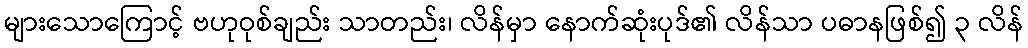
များသောကြောင့် ဗဟုဝုစ်ချည်း သာတည်း၊ လိန်မှာ နောက်ဆုံးပုဒ်၏ လိန်သာ ပဓာနဖြစ်၍ ၃ လိန်